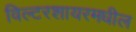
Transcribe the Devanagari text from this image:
विल्टरशायरमधील